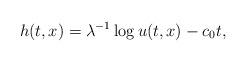
LaTeX: \begin{align*}h(t,x)=\lambda^{-1}\log u(t,x)-c_0t,\end{align*}